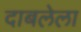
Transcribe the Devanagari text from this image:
दाबलेला